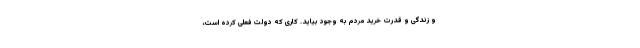
و زندگی و قدرت خرید مردم به وجود بیاید. کاری که دولت فعلی کرده است،